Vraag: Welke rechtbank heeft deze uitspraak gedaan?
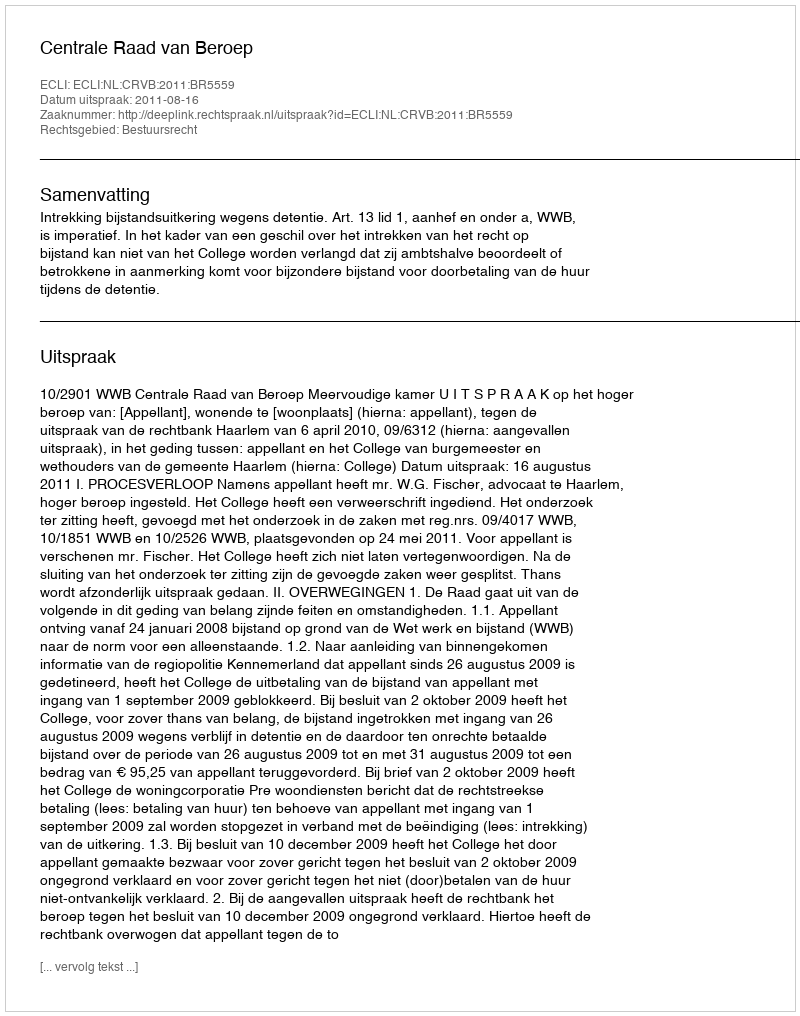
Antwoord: Centrale Raad van Beroep